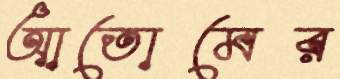
আতোমের